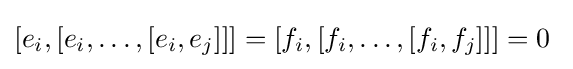
[e_{i},[e_{i},\ldots ,[e_{i},e_{j}]]]=[f_{i},[f_{i},\ldots ,[f_{i},f_{j}]]]=0\